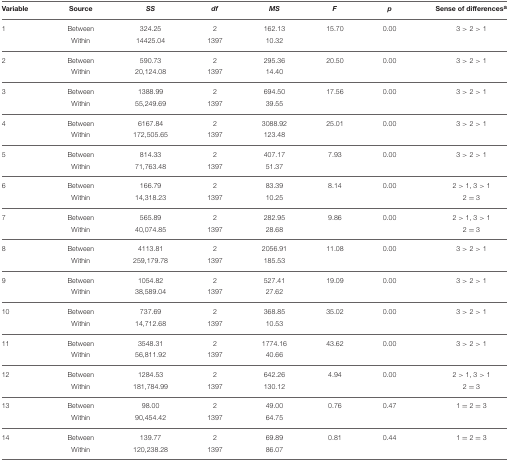
<table><thead><tr><td><b>Variable</b></td><td><b>Source</b></td><td><b><i>SS</i></b></td><td><b><i>df</i></b></td><td><b><i>MS</i></b></td><td><b><i>F</i></b></td><td><b><i>p</i></b></td><td><b>Sense of differences<sup>a</sup></b></td></tr></thead><tbody><tr><td>1</td><td>Between</td><td>324.25</td><td>2</td><td>162.13</td><td>15.70</td><td>0.00</td><td>3 &gt; 2 &gt; 1</td></tr><tr><td></td><td>Within</td><td>14425.04</td><td>1397</td><td>10.32</td><td></td><td></td><td></td></tr><tr><td>2</td><td>Between</td><td>590.73</td><td>2</td><td>295.36</td><td>20.50</td><td>0.00</td><td>3 &gt; 2 &gt; 1</td></tr><tr><td></td><td>Within</td><td>20,124.08</td><td>1397</td><td>14.40</td><td></td><td></td><td></td></tr><tr><td>3</td><td>Between</td><td>1388.99</td><td>2</td><td>694.50</td><td>17.56</td><td>0.00</td><td>3 &gt; 2 &gt; 1</td></tr><tr><td></td><td>Within</td><td>55,249.69</td><td>1397</td><td>39.55</td><td></td><td></td><td></td></tr><tr><td>4</td><td>Between</td><td>6167.84</td><td>2</td><td>3088.92</td><td>25.01</td><td>0.00</td><td>3 &gt; 2 &gt; 1</td></tr><tr><td></td><td>Within</td><td>172,505.65</td><td>1397</td><td>123.48</td><td></td><td></td><td></td></tr><tr><td>5</td><td>Between</td><td>814.33</td><td>2</td><td>407.17</td><td>7.93</td><td>0.00</td><td>3 &gt; 2 &gt; 1</td></tr><tr><td></td><td>Within</td><td>71,763.48</td><td>1397</td><td>51.37</td><td></td><td></td><td></td></tr><tr><td>6</td><td>Between</td><td>166.79</td><td>2</td><td>83.39</td><td>8.14</td><td>0.00</td><td>2 &gt; 1, 3 &gt; 1</td></tr><tr><td></td><td>Within</td><td>14,318.23</td><td>1397</td><td>10.25</td><td></td><td></td><td>2 = 3</td></tr><tr><td>7</td><td>Between</td><td>565.89</td><td>2</td><td>282.95</td><td>9.86</td><td>0.00</td><td>2 &gt; 1, 3 &gt; 1</td></tr><tr><td></td><td>Within</td><td>40,074.85</td><td>1397</td><td>28.68</td><td></td><td></td><td>2 = 3</td></tr><tr><td>8</td><td>Between</td><td>4113.81</td><td>2</td><td>2056.91</td><td>11.08</td><td>0.00</td><td>3 &gt; 2 &gt; 1</td></tr><tr><td></td><td>Within</td><td>259,179.78</td><td>1397</td><td>185.53</td><td></td><td></td><td></td></tr><tr><td>9</td><td>Between</td><td>1054.82</td><td>2</td><td>527.41</td><td>19.09</td><td>0.00</td><td>3 &gt; 2 &gt; 1</td></tr><tr><td></td><td>Within</td><td>38,589.04</td><td>1397</td><td>27.62</td><td></td><td></td><td></td></tr><tr><td>10</td><td>Between</td><td>737.69</td><td>2</td><td>368.85</td><td>35.02</td><td>0.00</td><td>3 &gt; 2 &gt; 1</td></tr><tr><td></td><td>Within</td><td>14,712.68</td><td>1397</td><td>10.53</td><td></td><td></td><td></td></tr><tr><td>11</td><td>Between</td><td>3548.31</td><td>2</td><td>1774.16</td><td>43.62</td><td>0.00</td><td>3 &gt; 2 &gt; 1</td></tr><tr><td></td><td>Within</td><td>56,811.92</td><td>1397</td><td>40.66</td><td></td><td></td><td></td></tr><tr><td>12</td><td>Between</td><td>1284.53</td><td>2</td><td>642.26</td><td>4.94</td><td>0.00</td><td>2 &gt; 1, 3 &gt; 1</td></tr><tr><td></td><td>Within</td><td>181,784.99</td><td>1397</td><td>130.12</td><td></td><td></td><td>2 = 3</td></tr><tr><td>13</td><td>Between</td><td>98.00</td><td>2</td><td>49.00</td><td>0.76</td><td>0.47</td><td>1 = 2 = 3</td></tr><tr><td></td><td>Within</td><td>90,454.42</td><td>1397</td><td>64.75</td><td></td><td></td><td></td></tr><tr><td>14</td><td>Between</td><td>139.77</td><td>2</td><td>69.89</td><td>0.81</td><td>0.44</td><td>1 = 2 = 3</td></tr><tr><td></td><td>Within</td><td>120,238.28</td><td>1397</td><td>86.07</td><td></td><td></td><td></td></tr></tbody></table>